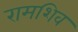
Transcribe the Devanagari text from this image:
रामशिव